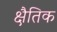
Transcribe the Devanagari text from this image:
क्षैतिक